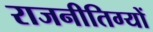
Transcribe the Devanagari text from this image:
राजनीतिग्यों